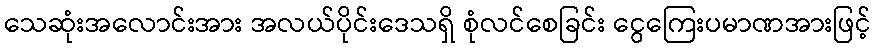
သေဆုံးအလောင်းအား အလယ်ပိုင်းဒေသရှိ စုံလင်စေခြင်း ငွေကြေးပမာဏအားဖြင့်